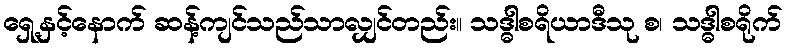
ရှေ့နှင့်နောက် ဆန့်ကျင်သည်သာလျှင်တည်း။ သဒ္ဓါစရိယာဒီသု စ၊ သဒ္ဓါစရိုက်